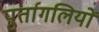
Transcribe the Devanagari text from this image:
पुर्तागलियों